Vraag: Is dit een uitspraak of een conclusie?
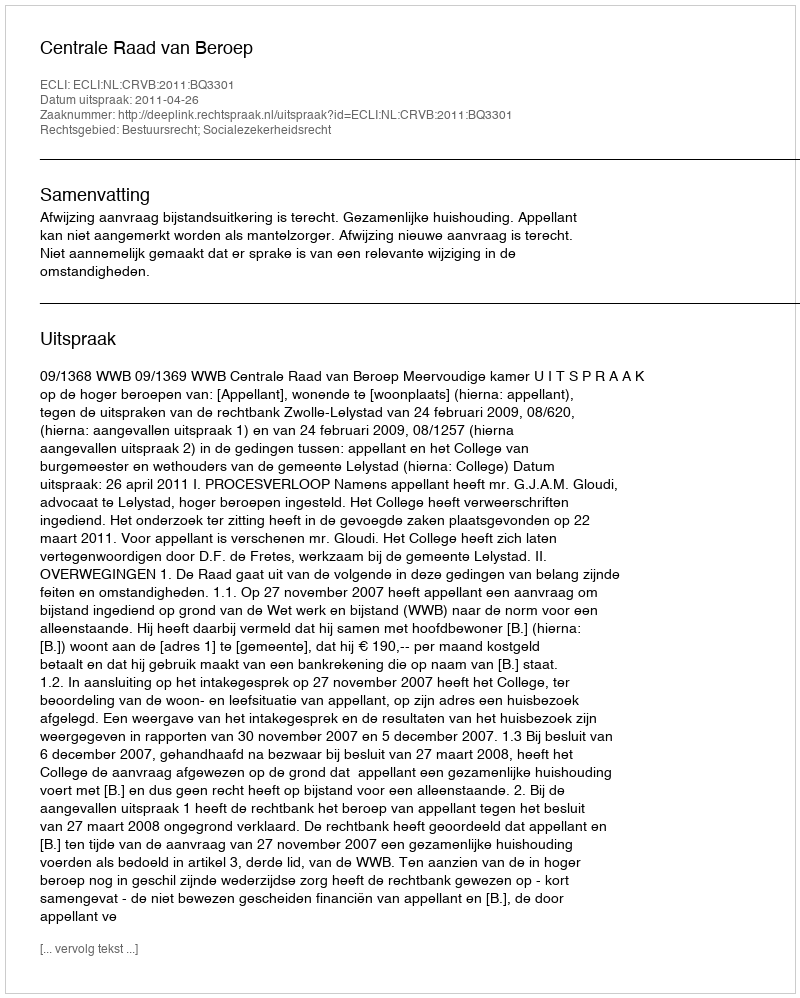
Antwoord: Uitspraak